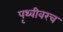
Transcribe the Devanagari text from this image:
पृथ्वीवरच